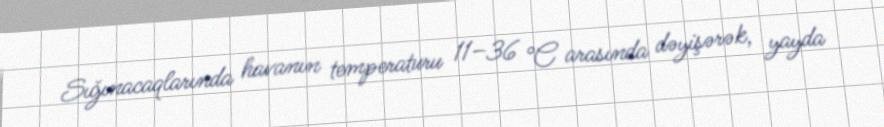
Sığınacaqlarında havanın temperaturu 11–36 °C arasında dəyişərək, yayda